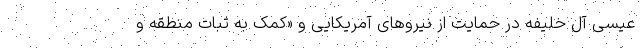
عیسی آل خلیفه در حمایت از نیروهای آمریکایی و «کمک به ثبات منطقه و